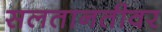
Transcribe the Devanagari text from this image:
सलतानतीवर